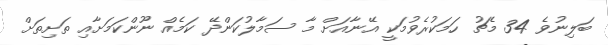
ބަލިނުވެ 34 މެޗު ހަމަކުރެވުމަކީ އޭނާއަށް މާ ސަމާލުކަންދޭ ކަމެއް ނޫންކަމަށާއި ތަށިތަށް